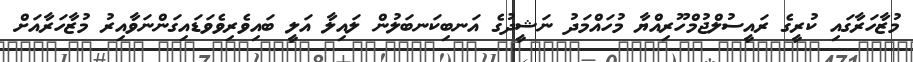
މުޒާހަރާގައި ކުރީގެ ރައީސުލްޖުމްހޫރިއްޔާ މުހައްމަދު ނަޝީދުގެ އަނބިކަނބަލުން ލައިލާ އަލީ ބައިވެރިވެވަޑައިގަންނަވާއިރު މުޒާހަރާއަށް